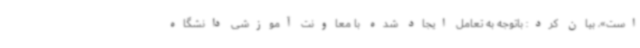
است»، بیان کرد: باتوجه به تعامل ایجاد شده با معاونت آموزشی دانشگاه